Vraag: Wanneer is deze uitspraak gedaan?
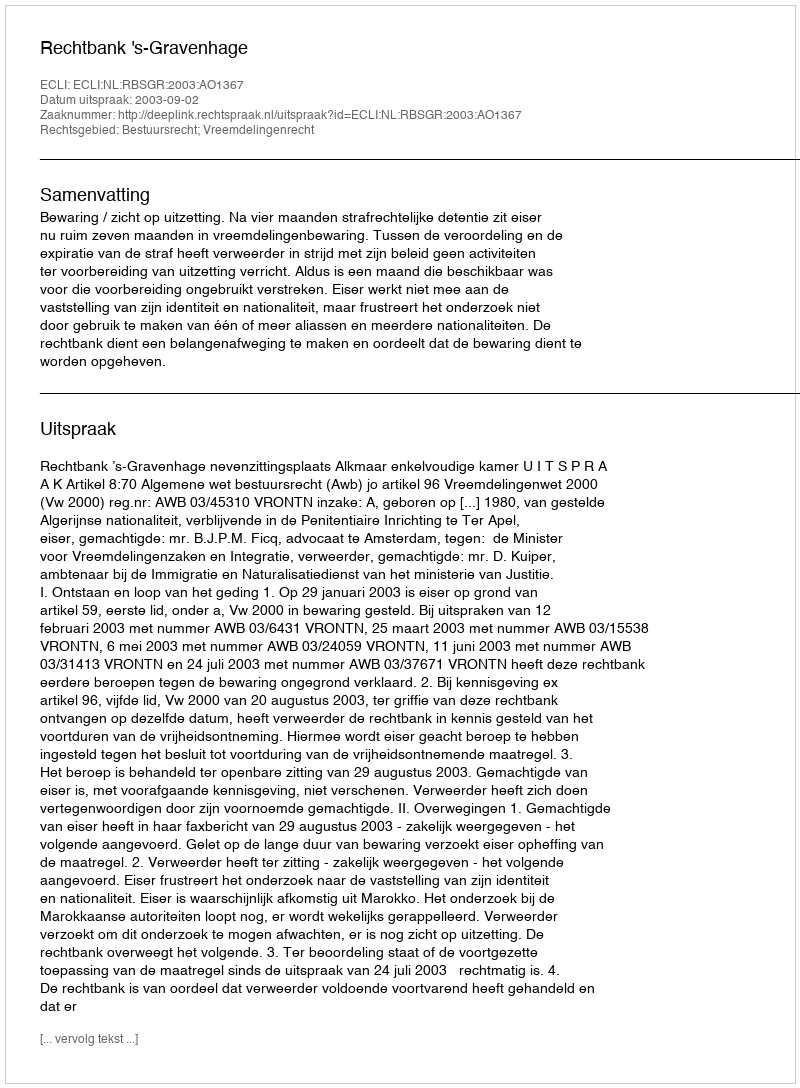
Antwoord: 2003-09-02